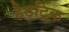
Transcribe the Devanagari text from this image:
हैटट्रिक